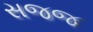
સજજ